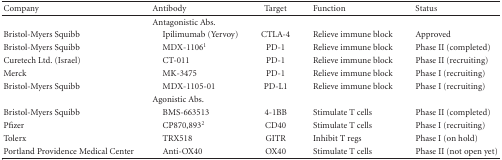
| Company | Antibody | Target | Function | Status |
 | --- | --- | --- | --- | --- |
 |  | Antagonistic Abs. |  |  |  |
 | Bristol-Myers Squibb | Ipilimumab (Yervoy) | CTLA-4 | Relieve immune block | Approved |
 | Bristol-Myers Squibb | MDX-11061 | PD-1 | Relieve immune block | Phase II (completed) |
 | Curetech Ltd. (Israel) | CT-011 | PD-1 | Relieve immune block | Phase II (recruiting) |
 | Merck | MK-3475 | PD-1 | Relieve immune block | Phase I (recruiting) |
 | Bristol-Myers Squibb | MDX-1105-01 | PD-L1 | Relieve immune block | Phase I (recruiting) |
 |  | Agonistic Abs. |  |  |  |
 | Bristol-Myers Squibb | BMS-663513 | 4-1BB | Stimulate T cells | Phase II (completed) |
 | Pfizer | CP870,8932 | CD40 | Stimulate T cells | Phase I (recruiting) |
 | Tolerx | TRX518 | GITR | Inhibit T regs | Phase I (on hold) |
 | Portland Providence Medical Center | Anti-OX40 | OX40 | Stimulate T cells | Phase II (not open yet) |